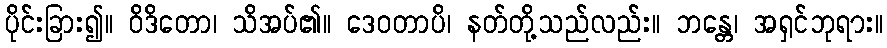
ပိုင်းခြား၍။ ဝိဒိတော၊ သိအပ်၏။ ဒေဝတာပိ၊ နတ်တို့သည်လည်း။ ဘန္တေ၊ အရှင်ဘုရား။